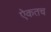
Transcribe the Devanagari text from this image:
ऐकतच